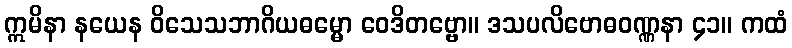
ဣမိနာ နယေန ဝိသေသဘာဂိယဓမ္မော ဝေဒိတဗ္ဗော။ ဒသပလိဗောဓဝဏ္ဏနာ ၄၁။ ကထံ